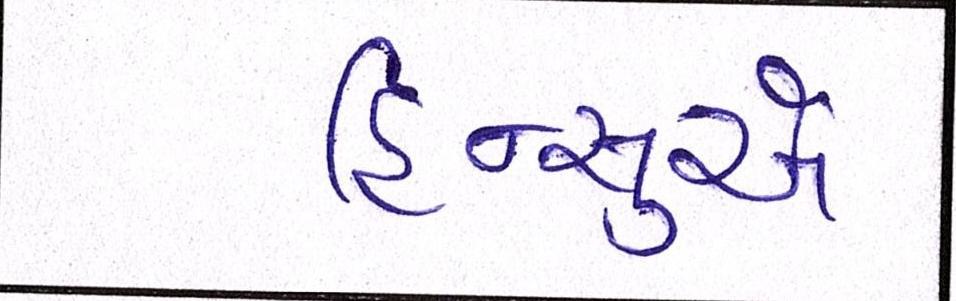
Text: હિન્સુએ